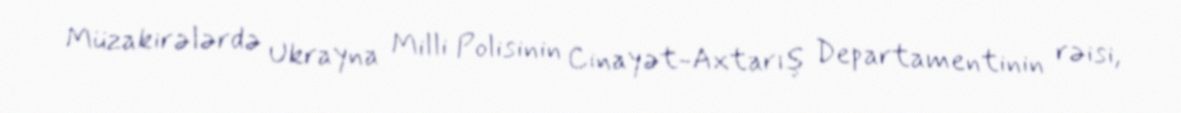
Müzakirələrdə Ukrayna Milli Polisinin Cinayət-Axtarış Departamentinin rəisi,